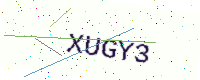
Text: XUGY3